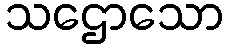
သဌောသော